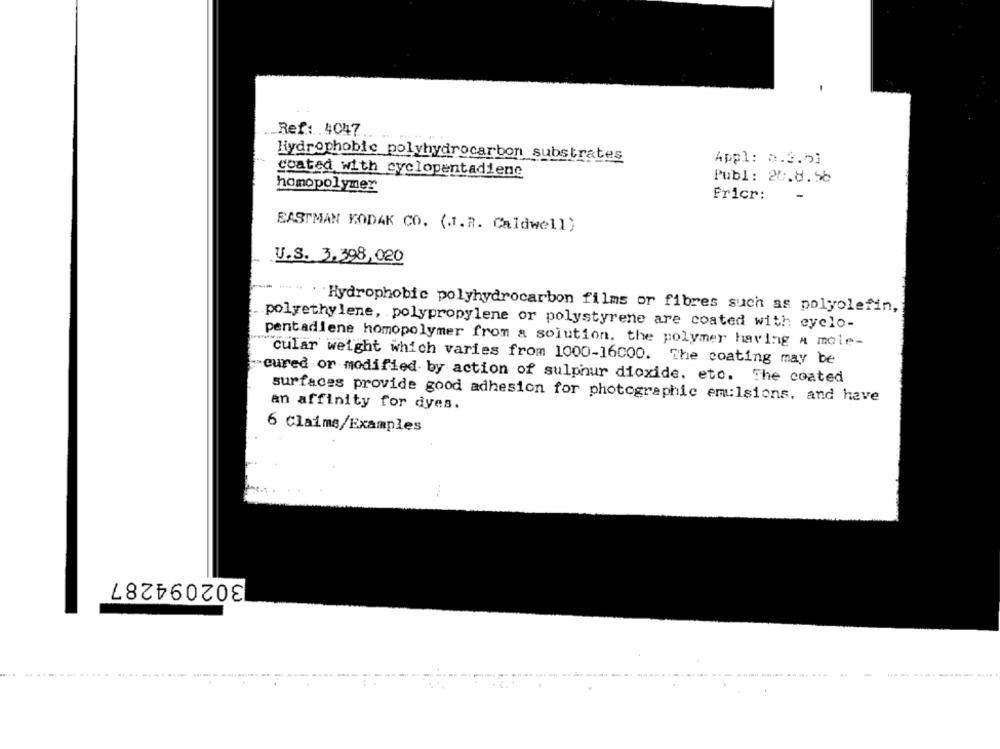
Ref: . 4047
Hydrophobic polyhydrocarbon substrates
Appl: 0.3.53
coated with cyclopentadiene
Publ: 26.8.56
homopolymer
-
Fricr:
EASTMAN KODAK CO. (.I.R. Caldwell)
U.S. 3.398,020
"- - " Hydrophobic polyhydrocarbon films or fibres such as polyolefin,
polyethylene, polypropylene or polystyrene are coated with cyclo-
pentadiene homopolymer from a solution. the polymer having a mole-
cular weight which varies from 1000-16000. The coating may be
cured or modified by action of sulphur dioxide, etc. The coated
surfaces provide good adhesion for photographic emulsions, and have
an affinity for dyes.
6 Claims/Examples
302094287